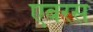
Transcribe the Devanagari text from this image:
एबरस